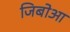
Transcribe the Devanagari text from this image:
जिबोआ